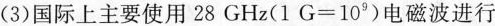
(3)国际上主要使用28GHz($$1 G = 1 0 ^ { 9 }$$)电磁波进行